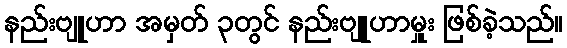
နည်းဗျူဟာ အမှတ် ၃တွင် နည်းဗျူဟာမှူး ဖြစ်ခဲ့သည်။